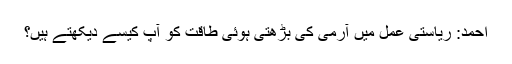
احمد: ریاستی عمل میں آرمی کی بڑھتی ہوئی طاقت کو آپ کیسے دیکھتے ہیں؟